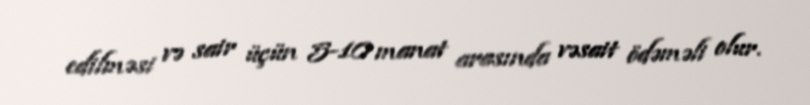
edilməsi və sair üçün 5-10 manat arasında vəsait ödəməli olur.